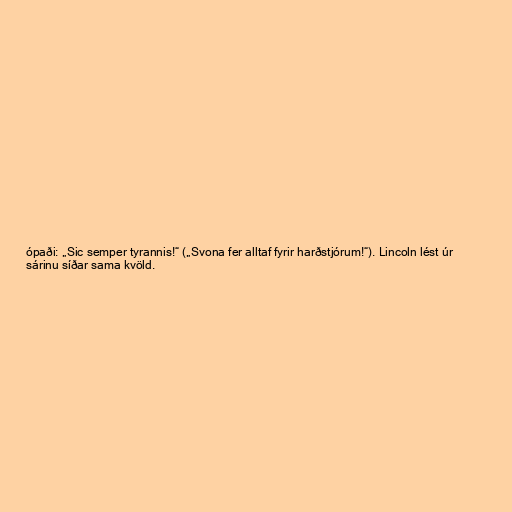
ópaði: „Sic semper tyrannis!“ („Svona fer alltaf fyrir harðstjórum!“). Lincoln lést úr
sárinu síðar sama kvöld.